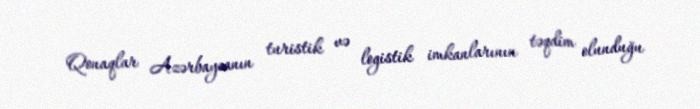
Qonaqlar Azərbaycanın turistik və logistik imkanlarının təqdim olunduğu